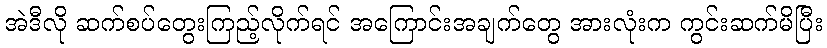
အဲဒီလို ဆက်စပ်တွေးကြည့်လိုက်ရင် အကြောင်းအချက်တွေ အားလုံးက ကွင်းဆက်မိပြီး